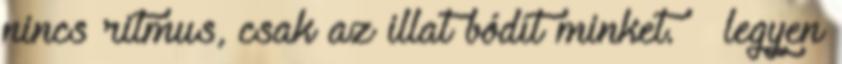
nincs ritmus, csak az illat bódít minket. – legyen